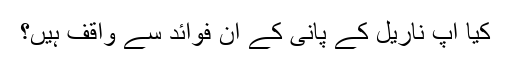
کیا آپ ناریل کے پانی کے ان فوائد سے واقف ہیں؟